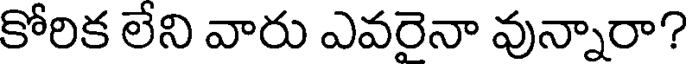
కోరిక లేని వారు ఎవరైనా వున్నారా?